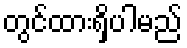
တွင်ထားရှိပါမည်